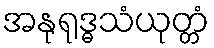
အနုရုဒ္ဓသံယုတ္တံ